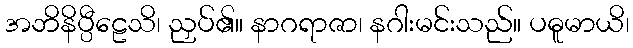
အဘိနိပ္ပီဠေသိ၊ ညှပ်၏။ နာဂရာဇာ၊ နဂါးမင်းသည်။ ပဓူမာယိ၊